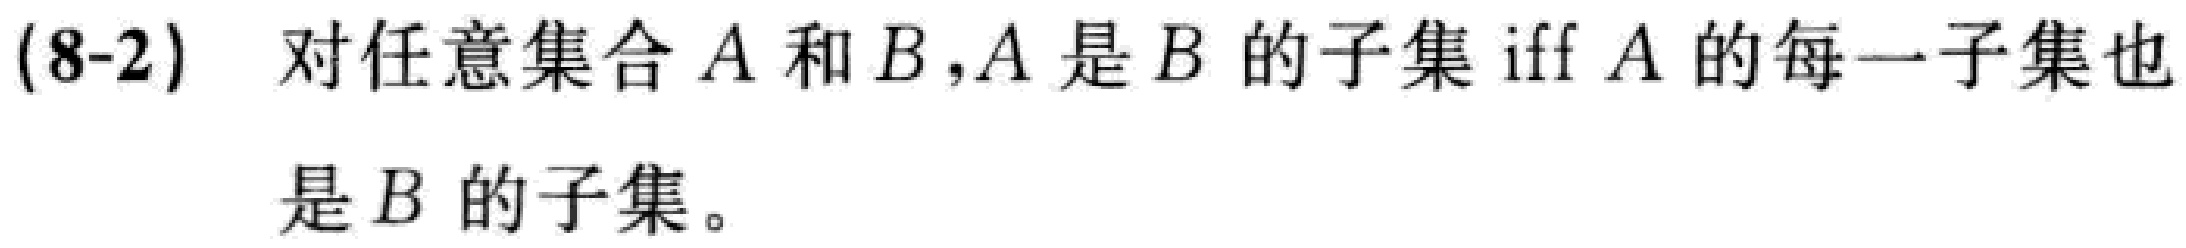
(8-2) 对任意集合 \(A\) 和 \(B\)，\(A\) 是 \(B\) 的子集 iff \(A\) 的每一子集也是 \(B\) 的子集。